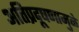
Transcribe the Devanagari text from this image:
अतिप्रदूषणामुळे